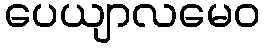
ပေယျာလမေဝ